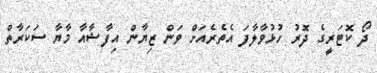
ދޯ ކޮޓަރީގެ ދޮރު ހުޅުވާލާފަ އެތެރެއަށް ވަން ޒިޔާން އިފާޝާއާ މާޔާ ސަކަރާތް